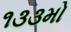
૧૩૩મો